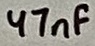
Text: 47nF